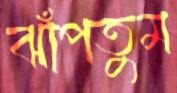
ঝাঁপতুম